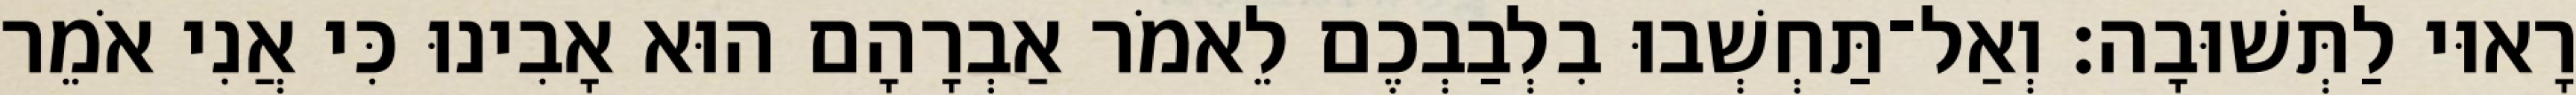
רָאוּי לַתְּשׁוּבָה׃ וְאַל־תַּחְשְׁבוּ בִלְבַבְכֶם לֵאמֹר אַבְרָהָם הוּא אָבִינוּ כִּי אֲנִי אֹמֵר